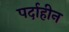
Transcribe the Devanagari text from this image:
पर्दाहीन